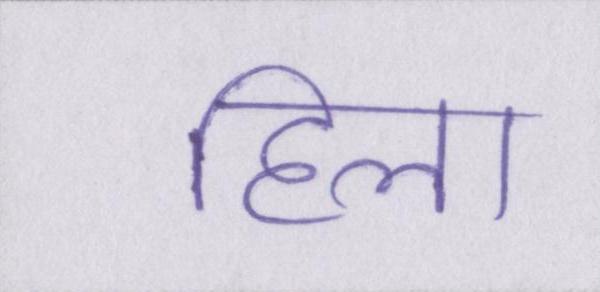
हिला